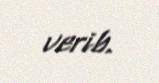
verib.